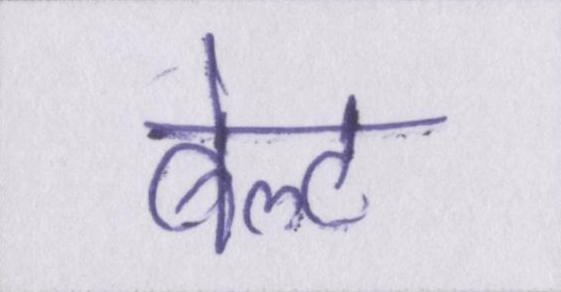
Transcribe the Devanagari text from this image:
बेल्ट